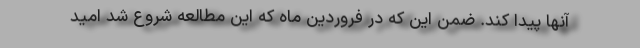
آنها پیدا کند. ضمن این که در فروردین ماه که این مطالعه شروع شد امید